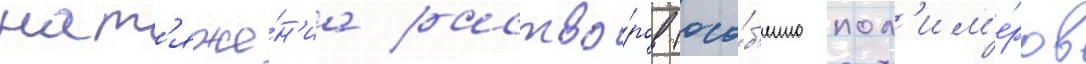
нат'яже́н'иа раство́ров (осо́б'енно пол'им'е́ров